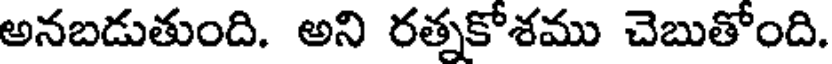
అనబడుతుంది. అని రత్నకోశము చెబుతోంది.